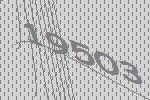
19503